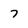
Character: 7